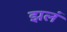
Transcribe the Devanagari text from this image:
झलं